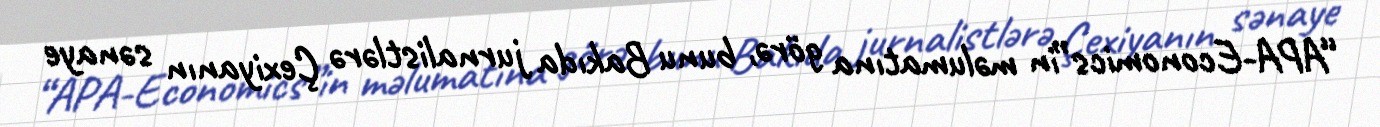
“APA-Economics”in məlumatına görə, bunu Bakıda jurnalistlərə Çexiyanın sənaye